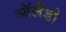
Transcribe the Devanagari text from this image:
ऑर्लेंडो